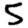
Digit: 5